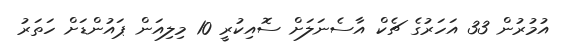
އުމުރުން 33 އަހަރުގެ ޗެކް އާސެނަލަށް ސޮއިކުރީ 10 މިލިއަން ޕައުންޑަށް ހަތަރު